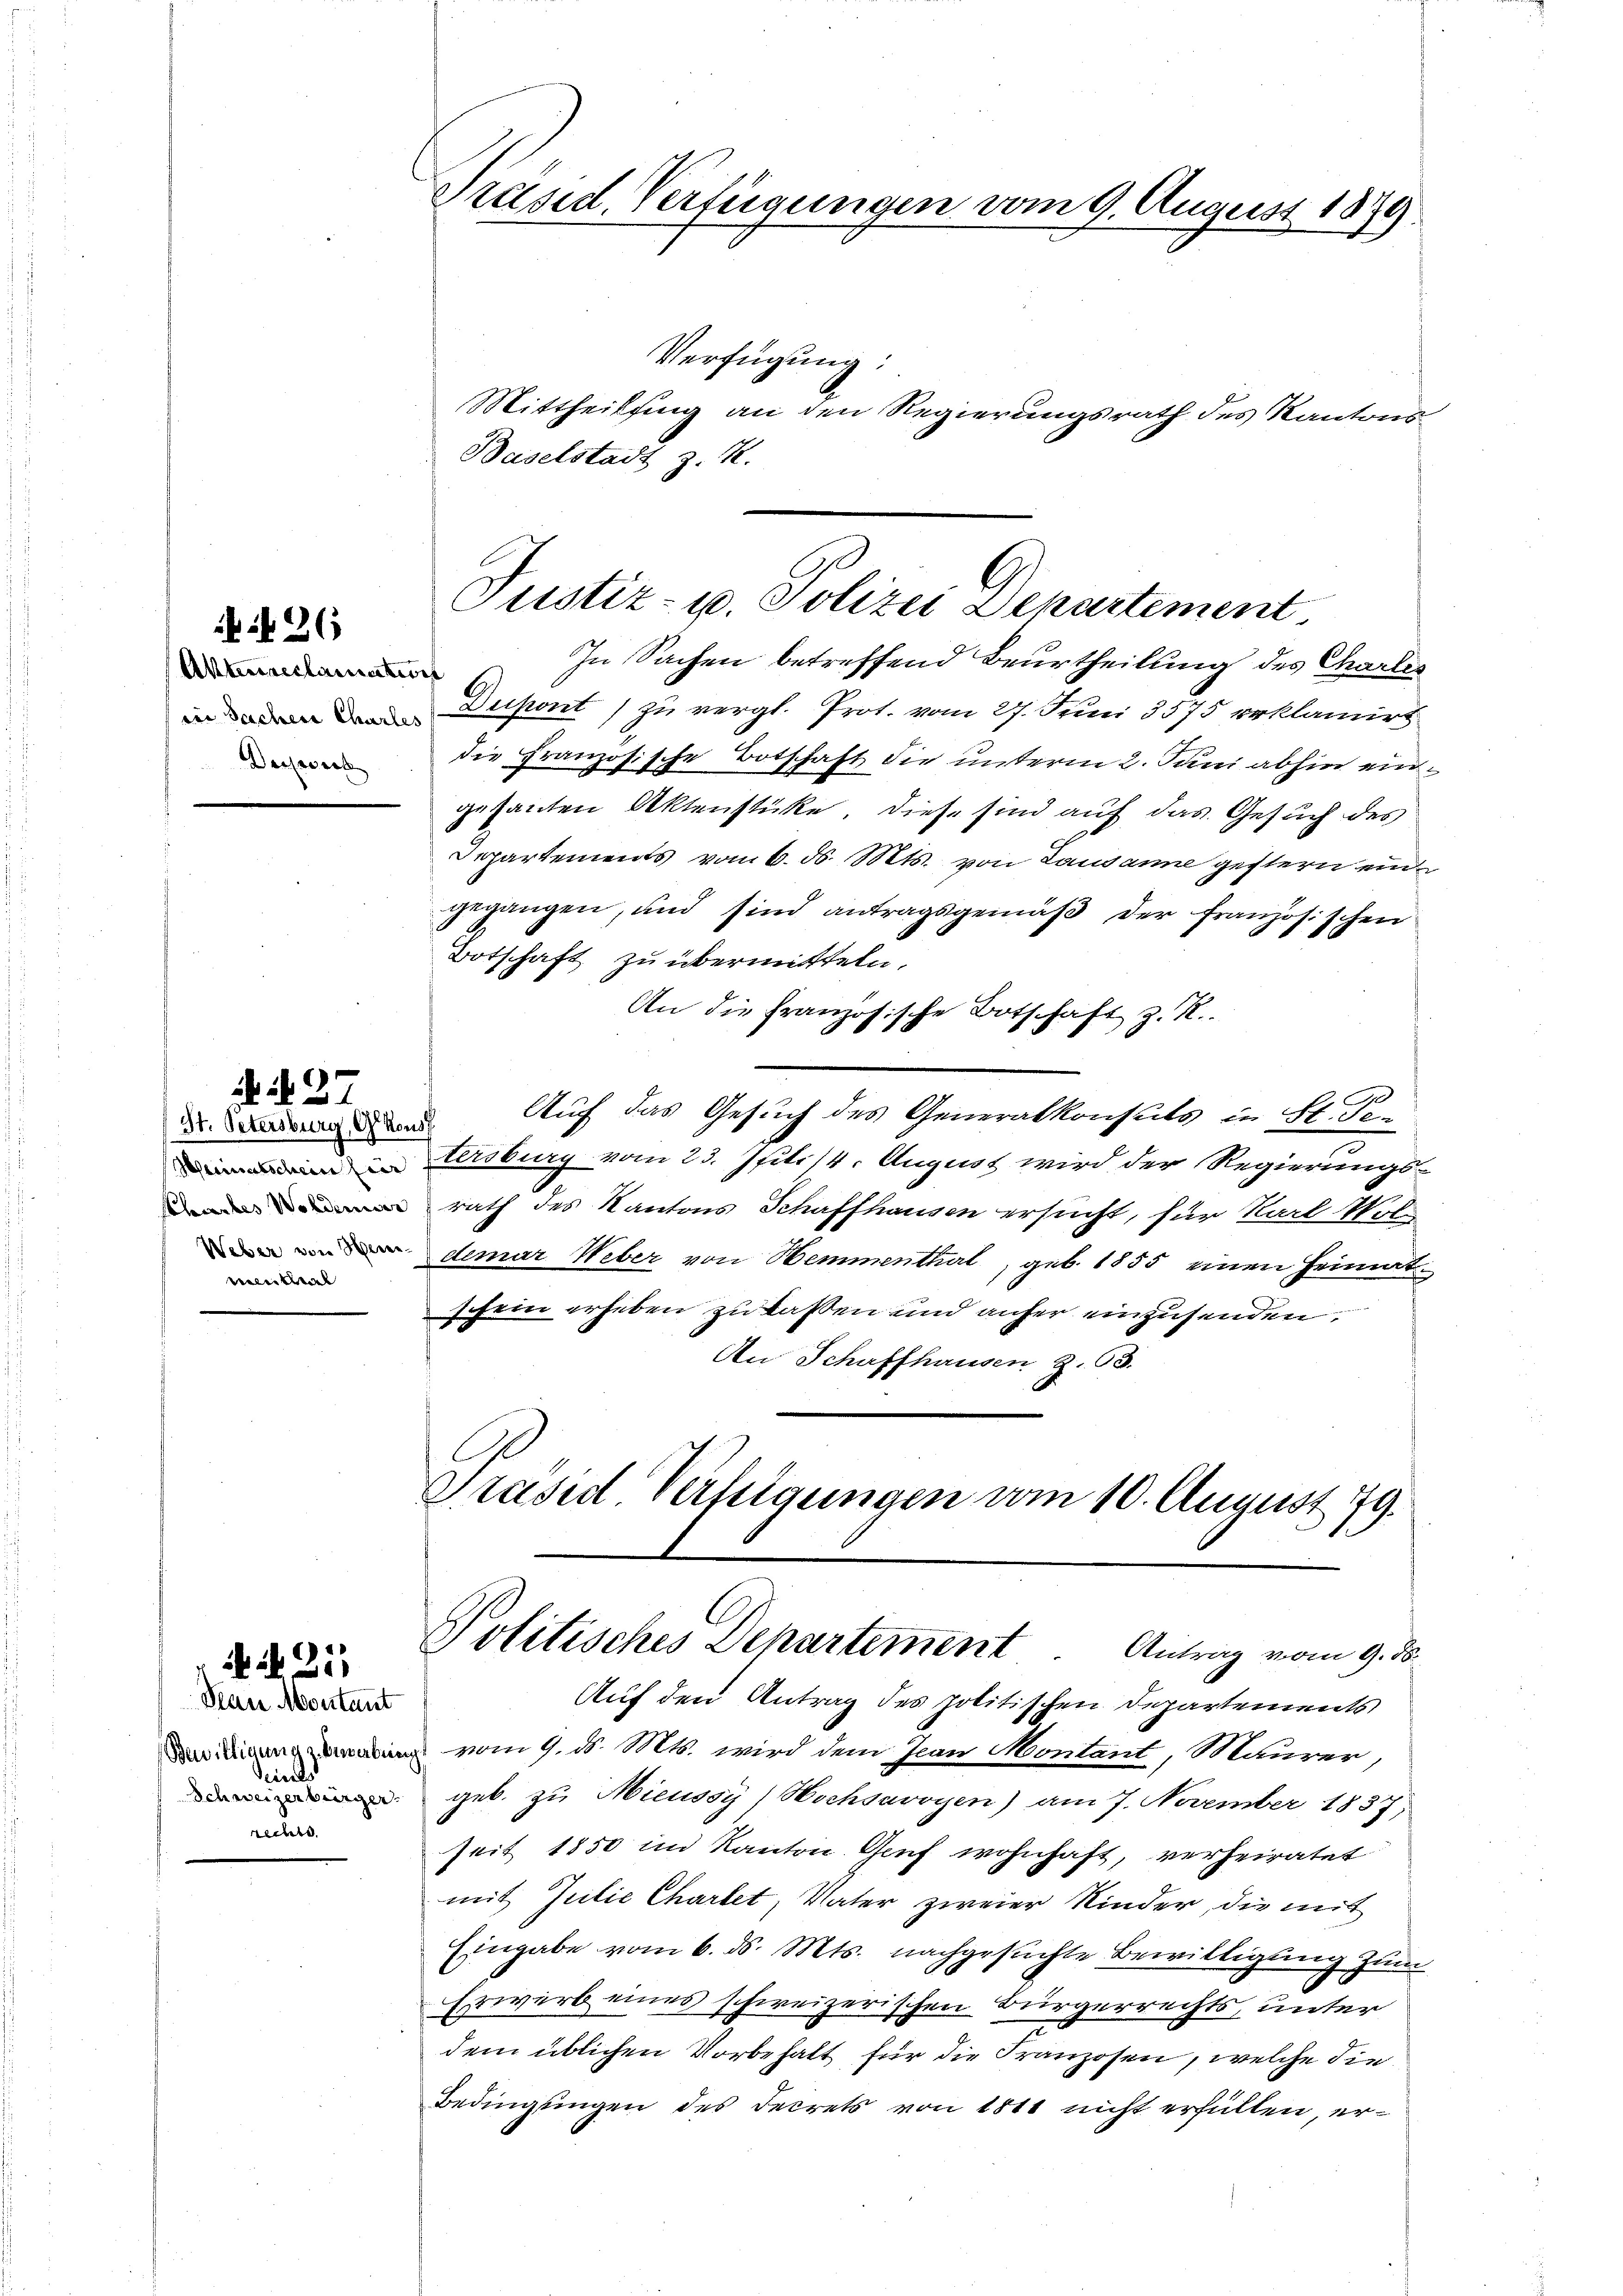
26

(Aktenreclamentwort
in Sachere Charles

vental

Han Montant
Seines
Schweizerbürger
rechte.

4 S. 211

Präsid. Verfügungen vom 9. August 1879

Verfügung:
Mittheilsing an den Regierungsrath des Kantons-
Baselstadt z. Z.

Justiz- u. Polizei Departement

In Sachen betreffend Beurtheilung des Chartes
Dupont) zu vergl. Prot. vom 27. Juni 3575 erklamirt
 die Französische Botschaft die unterm 2. Juni abhin eingesanten Aktenstücke, diese sind auf das Gesuch des
Departements vom 6. d. Mts. von Lausanne gestern eingegangen, und sind antragsgemäß der Französischen
Botschaft zu übermitteln.
An die französische Botschaft z. R.
437
Auf das Gesuch des Generalkonsuls in St. Po
St. Petersburg, G. Rous
n Ursburg vom 23. Juli 14. August wird der Regierungs-
rath des Kantons Schaffhausen ersucht, für Karl Not-
demar Weber von Hemmenthal, geb. 1855 einen Heimat
schein erheben zu lassen und anher einzusenden
An Schaffhausen Z. 63.
Präsid. Verfügungen vom 10. August 179.

Politisches Departement. Antrag vom 9. ds.

Auf den Antrag des politischen Departements
Dem Sinnen vom 9. d. Mts. wird dem Jean Montant, Maurer,
geb. zu Mieussy) Hochsavoyen) am 7. November 1837,
seit 1850 im Kanton Genf wohnhaft, verheiratet
mit Juilie Chartet, Vater zweier Kinder, die mit
Eingabe vom 6. ds. Mts. nachgesuchte Bewilligung zum
Erwerb eines schweizerischen Bürgerrechts, unter
dem üblichen Vorbehalt für die Franzosen, welche die
Bedingungen des Secrets von 1811 nicht erfüllen, er¬